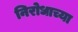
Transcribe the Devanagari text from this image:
निरोधाच्या